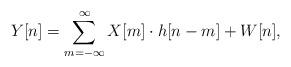
LaTeX: \begin{align*} Y[n]=\mathop{\sum}\limits_{m=-\infty}^{\infty} X[m]\cdot h[n-m]+W[n],\end{align*}